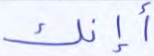
أإنك